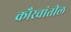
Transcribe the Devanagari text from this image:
कौरवांतील